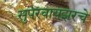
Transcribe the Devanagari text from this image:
सुपरवायझरचे